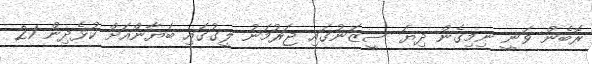
ރޮބެން ވަނީ ނިމިގެން ދިޔަ ސީޒަނުގައި ޖަރުމަނު ލީގުގައި ބަޔާންއަށް ކުޅެދިން 21